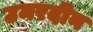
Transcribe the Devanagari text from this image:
उमरदीन